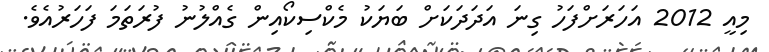
މިއީ 2012 އަހަރަށްފަހު ގިނަ އަދަދަކަށް ބަޔަކު މެކްސިކޯއިން ގެއްލުނު ފުރަތަމަ ފަހަރުއެވެ.